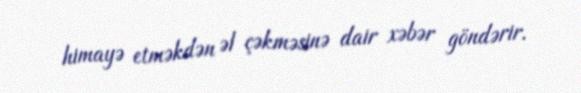
himayə etməkdən əl çəkməsinə dair xəbər göndərir.